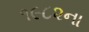
૧૯૮૨ના